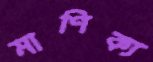
মাণিক্য